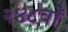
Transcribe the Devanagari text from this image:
२४८वाँ